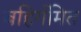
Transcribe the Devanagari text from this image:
बहिर्गमित